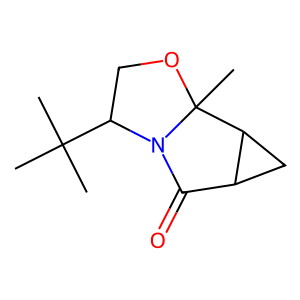
SMILES: CC(C)(C)C1COC2(C)C3CC3C(=O)N12
Inhibits HIV replication: No